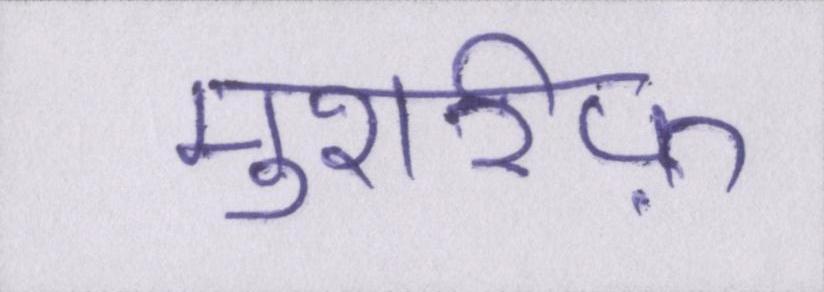
मुशर्रफ़